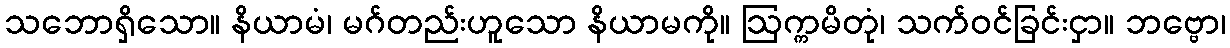
သဘောရှိသော။ နိယာမံ၊ မဂ်တည်းဟူသော နိယာမကို။ ဩက္ကမိတုံ၊ သက်ဝင်ခြင်းငှာ။ ဘဗ္ဗော၊